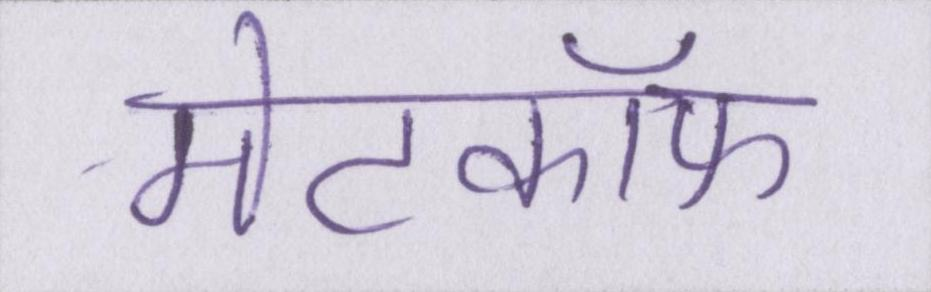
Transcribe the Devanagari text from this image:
मेटकॉफ